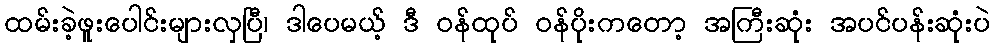
ထမ်းခဲ့ဖူးပေါင်းများလှပြီ၊ ဒါပေမယ့် ဒီ ဝန်ထုပ် ဝန်ပိုးကတော့ အကြီးဆုံး အပင်ပန်းဆုံးပဲ